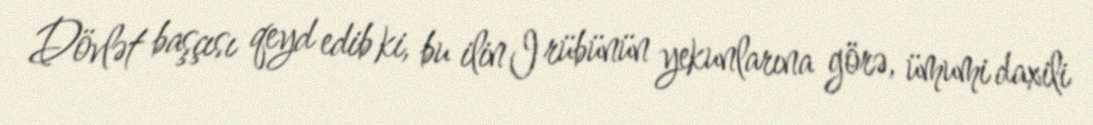
Dövlət başçısı qeyd edib ki, bu ilin I rübünün yekunlarına görə, ümumi daxili